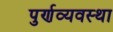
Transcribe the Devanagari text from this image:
पुर्णव्यवस्था